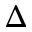
\Delta